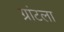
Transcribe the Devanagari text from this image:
ग्रांटला